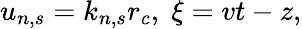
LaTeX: u_{n,s}=k_{n,s}r_{c},\; \xi=vt-z,